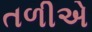
તળીએ